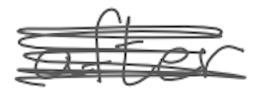
Text: after
Cross-out: scratch
Writing tool: digital_gray